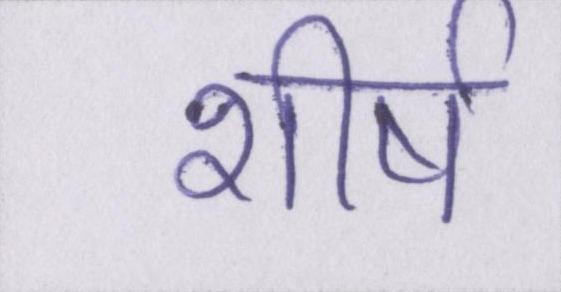
शीर्ष